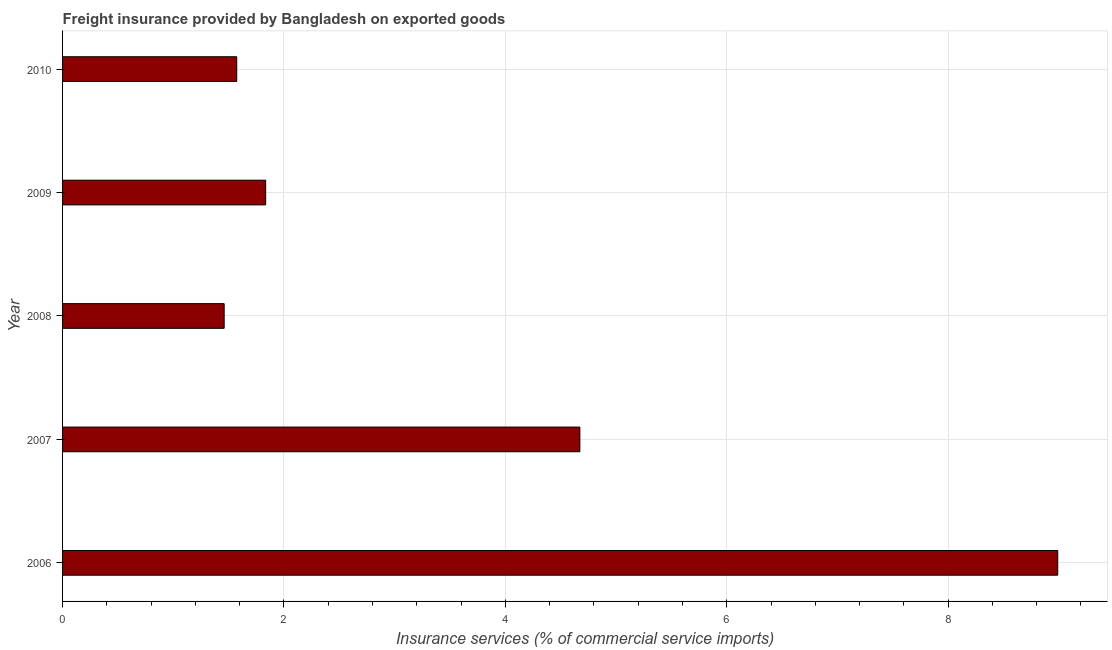
| Year | Insurance and financial services |
 | --- | --- |
 | 2006 | 8.99 |
 | 2007 | 4.67 |
 | 2008 | 1.46 |
 | 2009 | 1.83 |
 | 2010 | 1.57 |